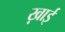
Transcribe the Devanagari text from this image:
ख़ाई